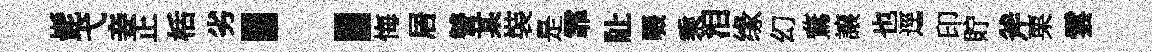
髭弋妾正栝劣：悔居讐某裝是霏阯啜乘泪缘幻鶩譲也逕印貯斧栗雲